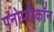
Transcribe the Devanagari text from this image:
पनोप्टीकॉन